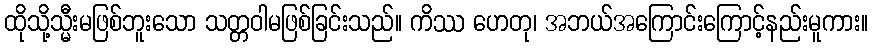
ထိုသို့သ္မီးမဖြစ်ဘူးသော သတ္တဝါမဖြစ်ခြင်းသည်။ ကိဿ ဟေတု၊ အဘယ်အကြောင်းကြောင့်နည်းမူကား။